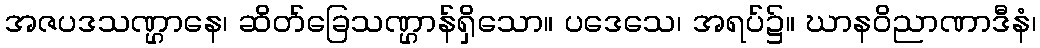
အဇပဒသဏ္ဌာနေ၊ ဆိတ်ခြေသဏ္ဌာန်ရှိသော။ ပဒေသေ၊ အရပ်၌။ ဃာနဝိညာဏာဒီနံ၊